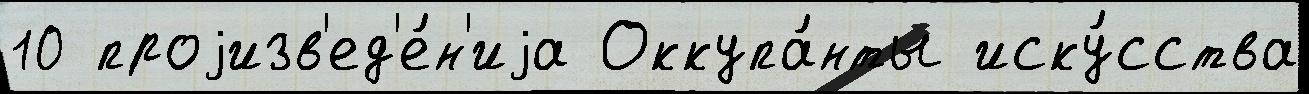
10 проjизв'ед'е́н'иjа Оккупа́нты иску́сства